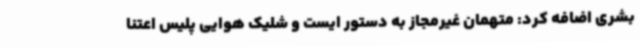
بشری اضافه کرد: متهمان غیرمجاز به دستور ایست و شلیک هوایی پلیس اعتنا